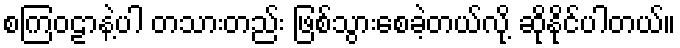
စကြဝဠာနဲ့ပါ တသားတည်း ဖြစ်သွားစေခဲ့တယ်လို့ ဆိုနိုင်ပါတယ်။